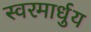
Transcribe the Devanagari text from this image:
स्‍वरमार्धुय